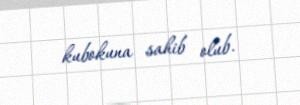
kubokuna sahib olub.